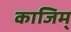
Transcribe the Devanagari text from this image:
काजिम्